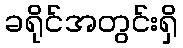
ခရိုင်အတွင်းရှိ